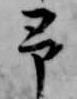
予